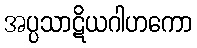
အပ္ပသာဋိယဂါဟကော